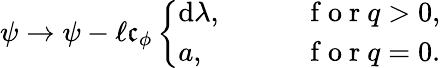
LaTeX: \psi\to\psi-\ell\mathfrak{c}_{\phi}\left\{ \begin{array}{ll}{\mathrm{d}\lambda,}&{\qquad\mathrm{~f~o~r~}q>0,}\\ {a,}&{\qquad\mathrm{~f~o~r~}q=0.}\end{array}\right.